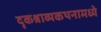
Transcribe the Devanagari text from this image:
दृकश्राव्यकथनामध्ये